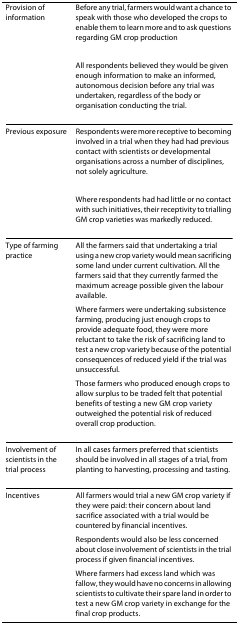
<table><thead><tr><td><b>Provision of information</b></td><td><b>Before any trial, farmers would want a chance to speak with those who developed the crops to enable them to learn more and to ask questions regarding GM crop production</b></td></tr><tr><td></td><td><b>All respondents believed they would be given enough information to make an informed, autonomous decision before any trial was undertaken, regardless of the body or organisation conducting the trial.</b></td></tr></thead><tbody><tr><td>Previous exposure</td><td>Respondents were more receptive to becoming involved in a trial when they had had previous contact with scientists or developmental organisations across a number of disciplines, not solely agriculture.</td></tr><tr><td></td><td>Where respondents had had little or no contact with such initiatives, their receptivity to trialling GM crop varieties was markedly reduced.</td></tr><tr><td>Type of farming practice</td><td>All the farmers said that undertaking a trial using a new crop variety would mean sacrificing some land under current cultivation. All the farmers said that they currently farmed the maximum acreage possible given the labour available.</td></tr><tr><td></td><td>Where farmers were undertaking subsistence farming, producing just enough crops to provide adequate food, they were more reluctant to take the risk of sacrificing land to test a new crop variety because of the potential consequences of reduced yield if the trial was unsuccessful.</td></tr><tr><td></td><td>Those farmers who produced enough crops to allow surplus to be traded felt that potential benefits of testing a new GM crop variety outweighed the potential risk of reduced overall crop production.</td></tr><tr><td>Involvement of scientists in the trial process</td><td>In all cases farmers preferred that scientists should be involved in all stages of a trial, from planting to harvesting, processing and tasting.</td></tr><tr><td>Incentives</td><td>All farmers would trial a new GM crop variety if they were paid: their concern about land sacrifice associated with a trial would be countered by financial incentives.</td></tr><tr><td></td><td>Respondents would also be less concerned about close involvement of scientists in the trial process if given financial incentives.</td></tr><tr><td></td><td>Where farmers had excess land which was fallow, they would have no concerns in allowing scientists to cultivate their spare land in order to test a new GM crop variety in exchange for the final crop products.</td></tr></tbody></table>